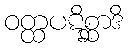
ဝတ္ထပဋိစ္ဆာဒိ